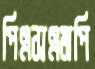
পিএসএমপি